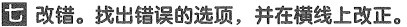
七 改错。找出错误的选项，并在横线上改正。